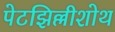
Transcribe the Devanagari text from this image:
पेटझिल्लीशोथ